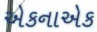
એકનાએક